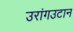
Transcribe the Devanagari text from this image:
उरांगउटान